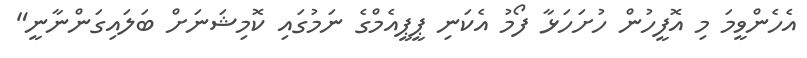
އެހެންވީމަ މި އޮފީހުން ހުށަހަޅާ ފޯމު އެކަނި ޕީޕީއެމްގެ ނަމުގައި ކޮމިޝަނަށް ބަލައިގަންނާނީ"